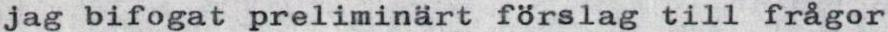
jag bifogat preliminärt förslag till frågor